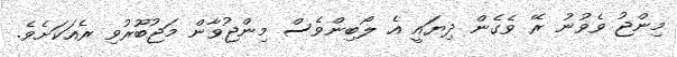
މިންޖު ވެވުނު ރޭ ވެގެން ދިޔައީ އެ ލޯބިންވެސް މިންޖުވާން މަޖުބޫރުވި ރެއަކަށެވެ.